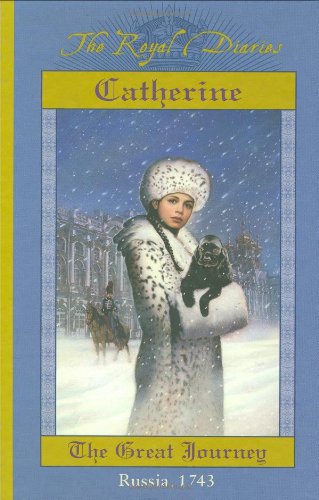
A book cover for Catherine: The Great Journey, Russia, 1743 (The Royal Diaries); Kristiana Gregory; Children's Books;